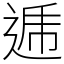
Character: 逓